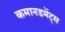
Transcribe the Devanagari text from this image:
कमानडमेंट्स